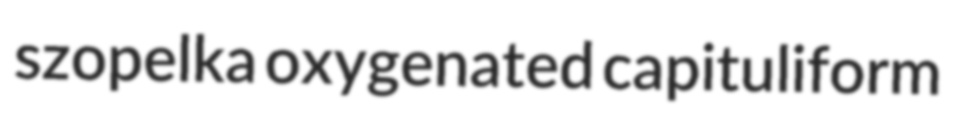
szopelka oxygenated capituliform